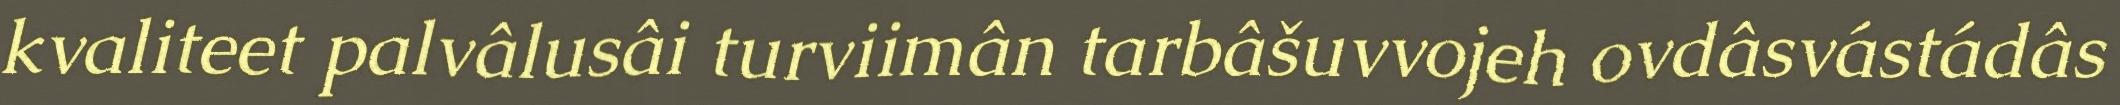
kvaliteet palvâlusâi turviimân tarbâšuvvojeh ovdâsvástádâs